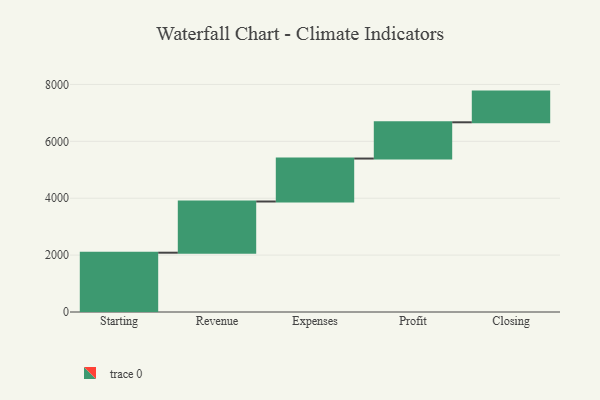
{"axis": {"x": "Step", "y": "Value"}, "legend": [""], "data": [{"x": "Starting", "y": 2085.0, "type": ""}, {"x": "Revenue", "y": 1800.0, "type": ""}, {"x": "Expenses", "y": 1510.0, "type": ""}, {"x": "Profit", "y": 1275.0, "type": ""}, {"x": "Closing", "y": 1079.0, "type": ""}]}